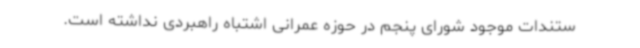
ستندات موجود شورای پنجم در حوزه عمرانی اشتباه راهبردی نداشته است.